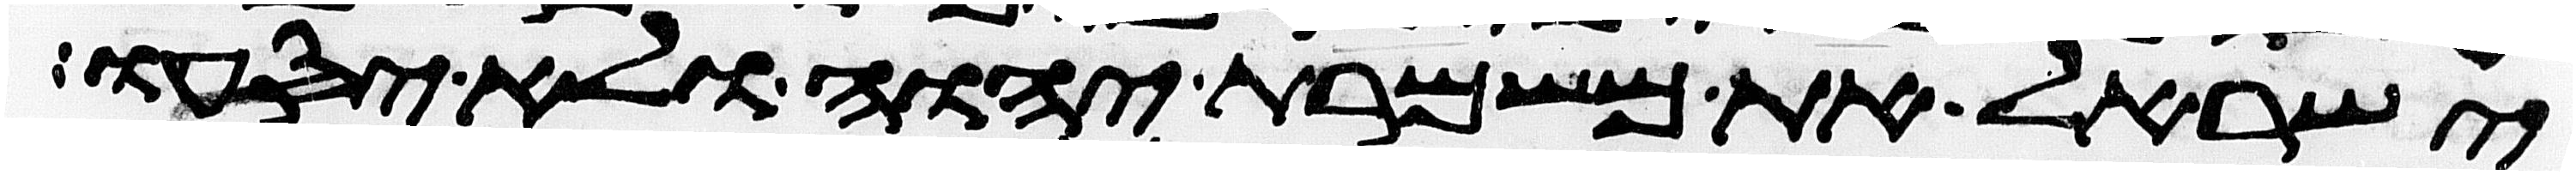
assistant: ישראל את משמרת יהוה ולא יסעו